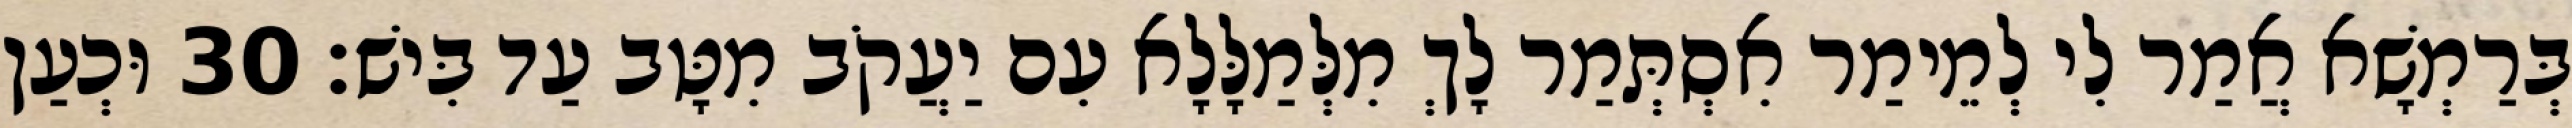
בְּרַמְשָׁא אֲמַר לִי לְמֵימַר אִסְתְּמַר לָךְ מִלְּמַלָּלָא עִם יַעֲקֹב מִטָּב עַד בִּישׁ׃ 30 וּכְעַן